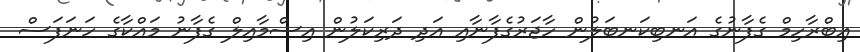
އިބްރާހިމް ގެފާނުގެ އަނބިކަނބަލުން ހާޖަރުގެފާނާއި އަދި ދަރިކަލުން އިސްމާއިލް ގެފާނު މައްކާގެ ހަނަފަސް